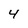
Character: 4